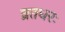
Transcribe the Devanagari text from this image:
व्रतधरः